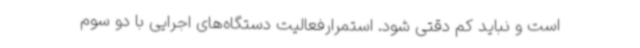
است و نباید کم دقتی شود. استمرارفعالیت دستگاه‌های اجرایی با دو سوم